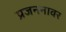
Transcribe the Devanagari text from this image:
प्रजननावर